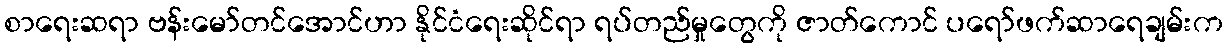
စာရေးဆရာ ဗန်းမော်တင်အောင်ဟာ နိုင်ငံရေးဆိုင်ရာ ရပ်တည်မှုတွေကို ဇာတ်ကောင် ပရော်ဖက်ဆာရေချမ်းက